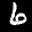
Label: 6